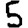
Digit: 5